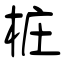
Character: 桩